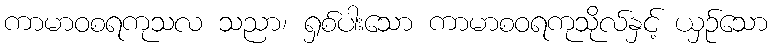
ကာမာဝစရကုသလ သညာ၊ ရှစ်ပါးသော ကာမာစဝရကုသိုလ်နှင့် ယှဉ်သော